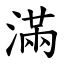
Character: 滿